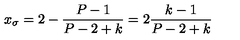
x _ { \sigma } = 2 - \frac { P - 1 } { P - 2 + k } = 2 \frac { k - 1 } { P - 2 + k }